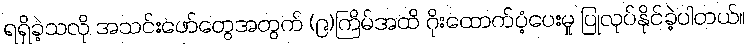
ရရှိခဲ့သလို အသင်းဖော်တွေအတွက် (၉)ကြိမ်အထိ ဂိုးထောက်ပံ့ပေးမှု ပြုလုပ်နိုင်ခဲ့ပါတယ်။